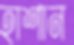
হাশান